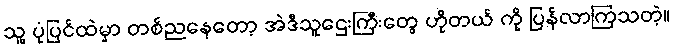
သူ့ ပုံပြင်ထဲမှာ တစ်ညနေတော့ အဲဒီသူဌေးကြီးတွေ ဟိုတယ် ကို ပြန်လာကြသတဲ့။